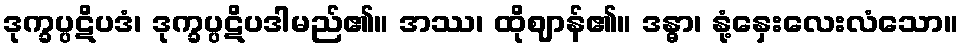
ဒုက္ခပ္ပဋိပဒံ၊ ဒုက္ခပ္ပဋိပဒါမည်၏။ အဿ၊ ထိုဈာန်၏။ ဒန္ဓာ၊ နုံ့နှေးလေးလံသော။